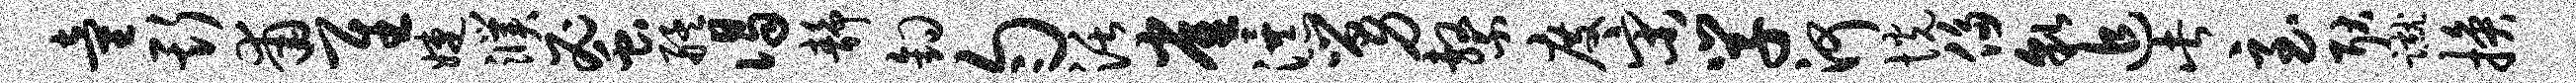
童斯甫隹婕濮蜜艋谒静钩匀活雀瀑舅系度宋学河恍侈貌追此至耿蹴换